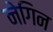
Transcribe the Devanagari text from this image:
नेगिन